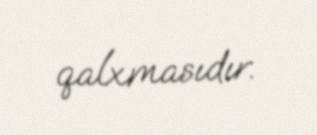
qalxmasıdır.